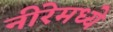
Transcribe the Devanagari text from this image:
नीरेमध्ये